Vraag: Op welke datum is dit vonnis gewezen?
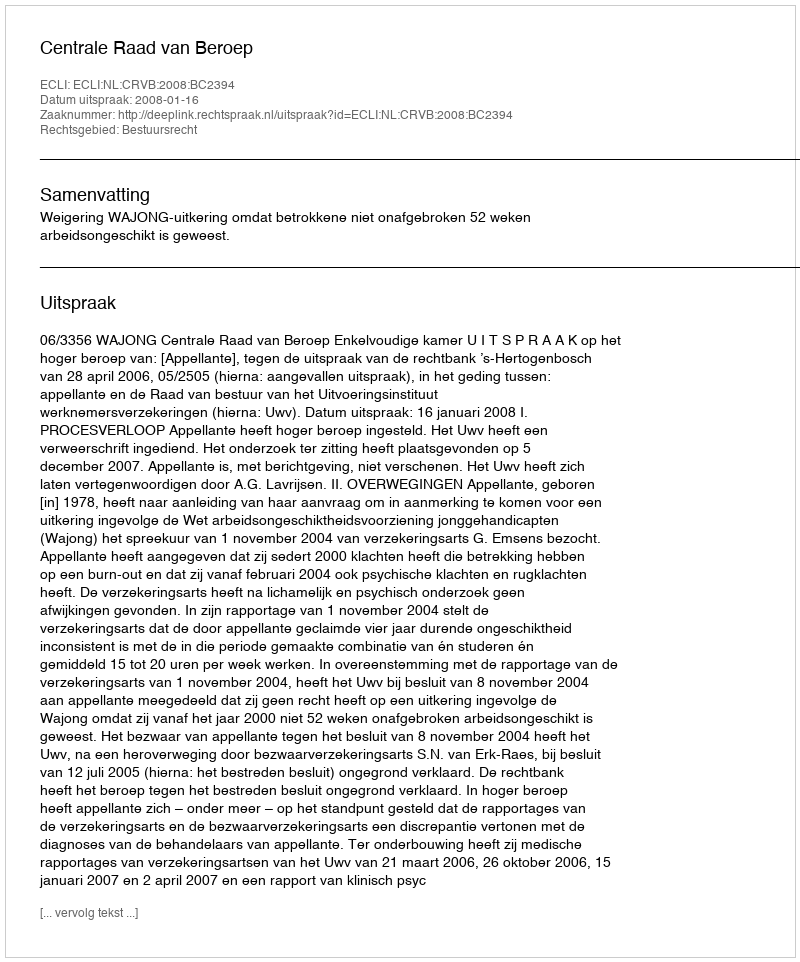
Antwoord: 2008-01-16